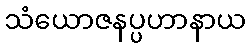
သံယောဇနပ္ပဟာနာယ